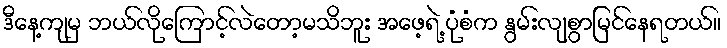
ဒီနေ့ကျမှ ဘယ်လိုကြောင့်လဲတော့မသိဘူး အဖေ့ရဲ့ ပုံစံက နွမ်းလျစွာမြင်နေရတယ်။